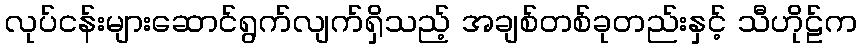
လုပ်ငန်းများဆောင်ရွက်လျက်ရှိသည့် အချစ်တစ်ခုတည်းနှင့် သီဟိုဠ်က